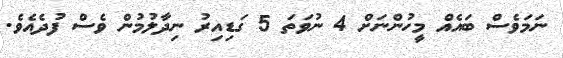
ނަމަވެސް ބައެއް މީހުންނަށް 4 ނުވަތަ 5 ގަޑިއިރު ނިދާލުމުން ވެސް ފުދެއެވެ.